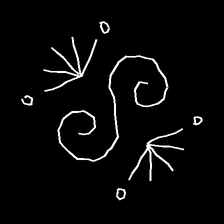
Glyph: aeroform